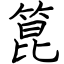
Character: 箟